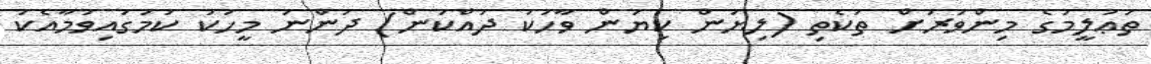
ތަޢުލީމުގެ މިންވަރަށް ތަކެތި (ލިޔަން ކިޔަން ވާހަކަ ދައްކަން) ދަންނަ މީހަކު ކަމުގައިވުމާއެކު